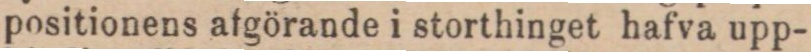
positionens afgörande i storthinget hafva upp-